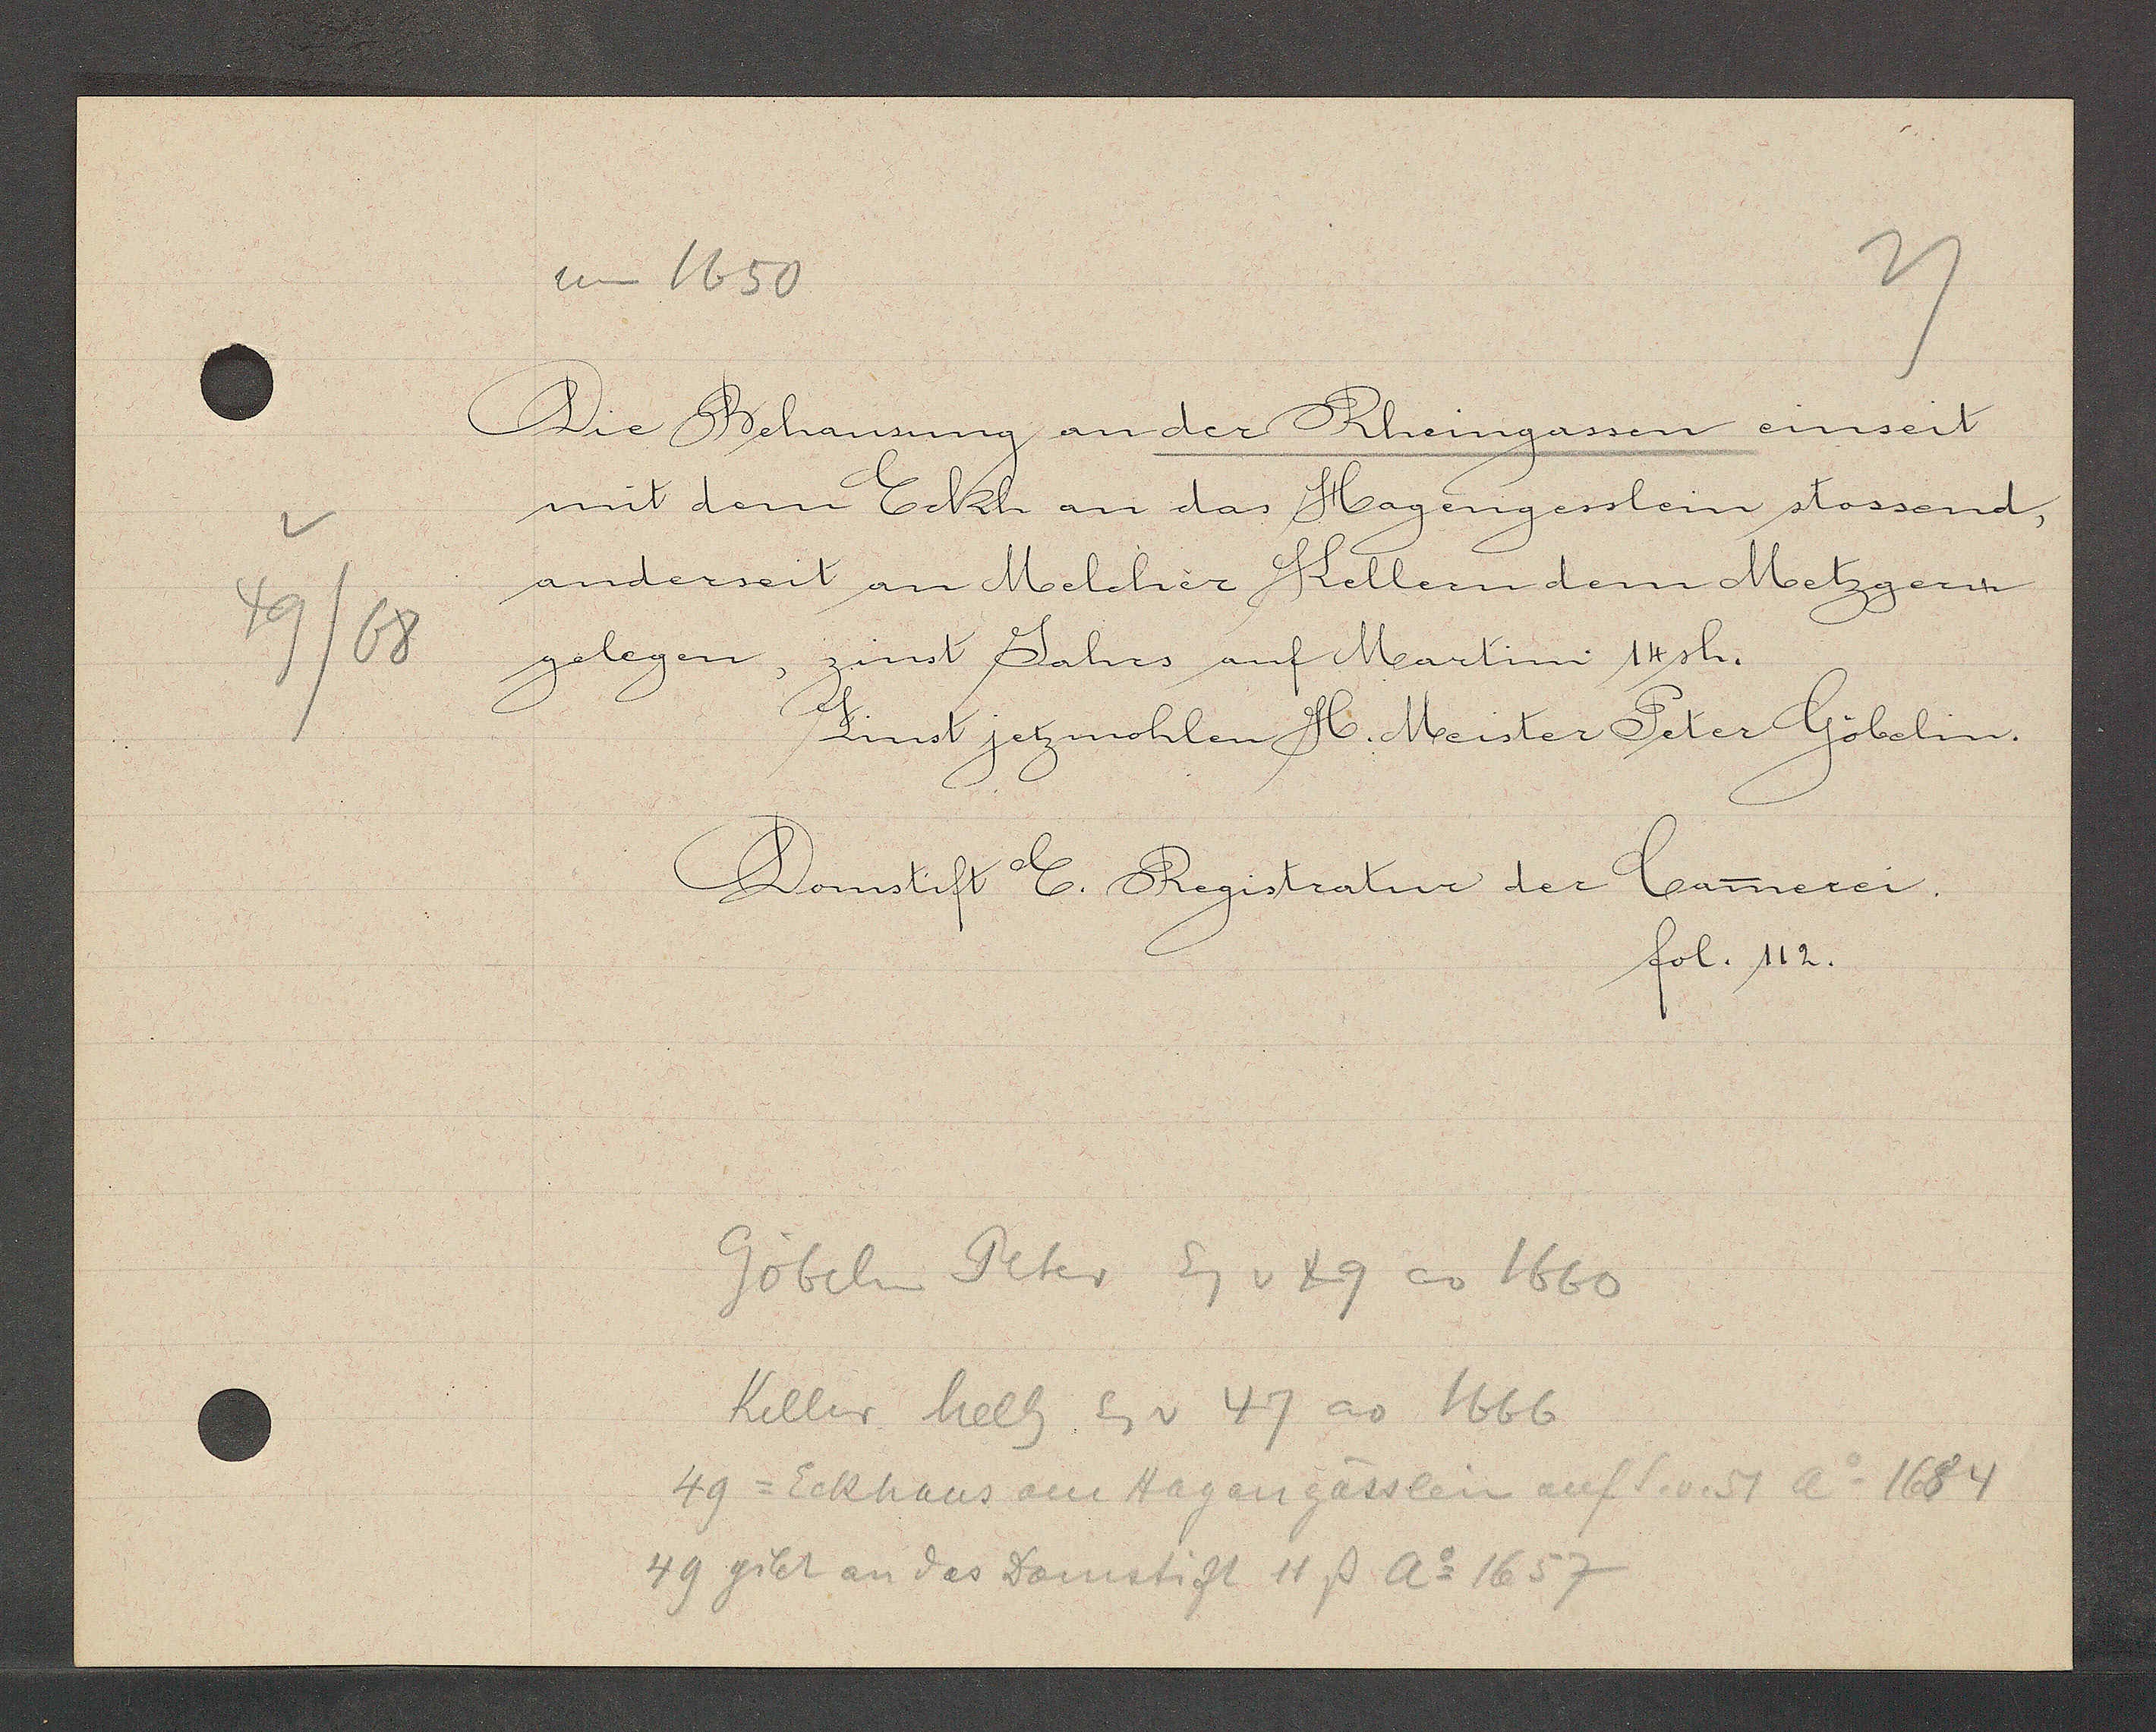
Transcript:
49/68

um 1650

Die Behausung an der Rheingassen einseit
mit dem Eckh an das Hagengesslein stossend,
anderseit an Melchior Kellern dem Metzgern
gelegen, zinst Jahrs auf Martini 14sh.
Zinst jetzmohlen H. Meister Piter Göbelin.

Domstift E. Registratur der Camerei.
fol. 112.

Göbelin Peter Eg v 49 ao 1660
Keller Melh Eg v 47 ao 1666
49 = Eckhaus am Hagengässlein auf S. v. 51 Ao 1684
49 gibt an des Domstift 11 ß Ao 1657